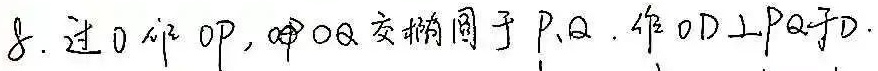
8. 过 \(O\) 作 \(OP\)， \(OQ\) 交椭圆于 \(P、Q\) . 作 \(OD\perp PQ\) 于 \(D\) .